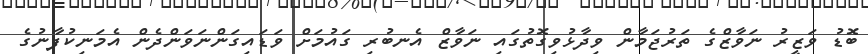
ބޮޑު ވަޒީރު ނަވާޒްގެ ތަރުޖަމާން ވިދާޅުވިގޮތުގައި ނަވާޒް އެނބުރި ގައުމަށް ވަޑައިގަންނަވަންދެން އެމަނިކުފާނުގެ